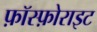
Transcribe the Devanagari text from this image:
फ़ॉस्फ़ोराइट